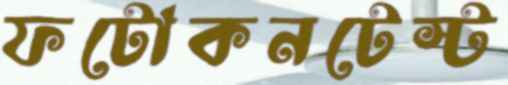
ফটোকনটেস্ট